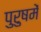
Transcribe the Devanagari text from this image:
पुरुषमें